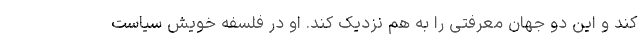
کند و این دو جهان معرفتی را به هم نزدیک کند. او در فلسفه خویش سیاست